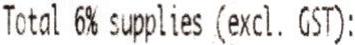
TOTAL 6% SUPPLIES (EXCL. GST):